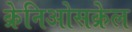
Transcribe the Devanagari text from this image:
क्रेनिओसक्रेल